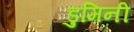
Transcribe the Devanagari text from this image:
डुमिनी